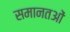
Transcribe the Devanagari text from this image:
समानतओं